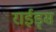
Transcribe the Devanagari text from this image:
राईड्स